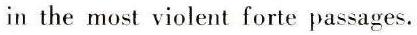
in the most violent forte passages.